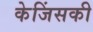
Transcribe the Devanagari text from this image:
केजिंसकी